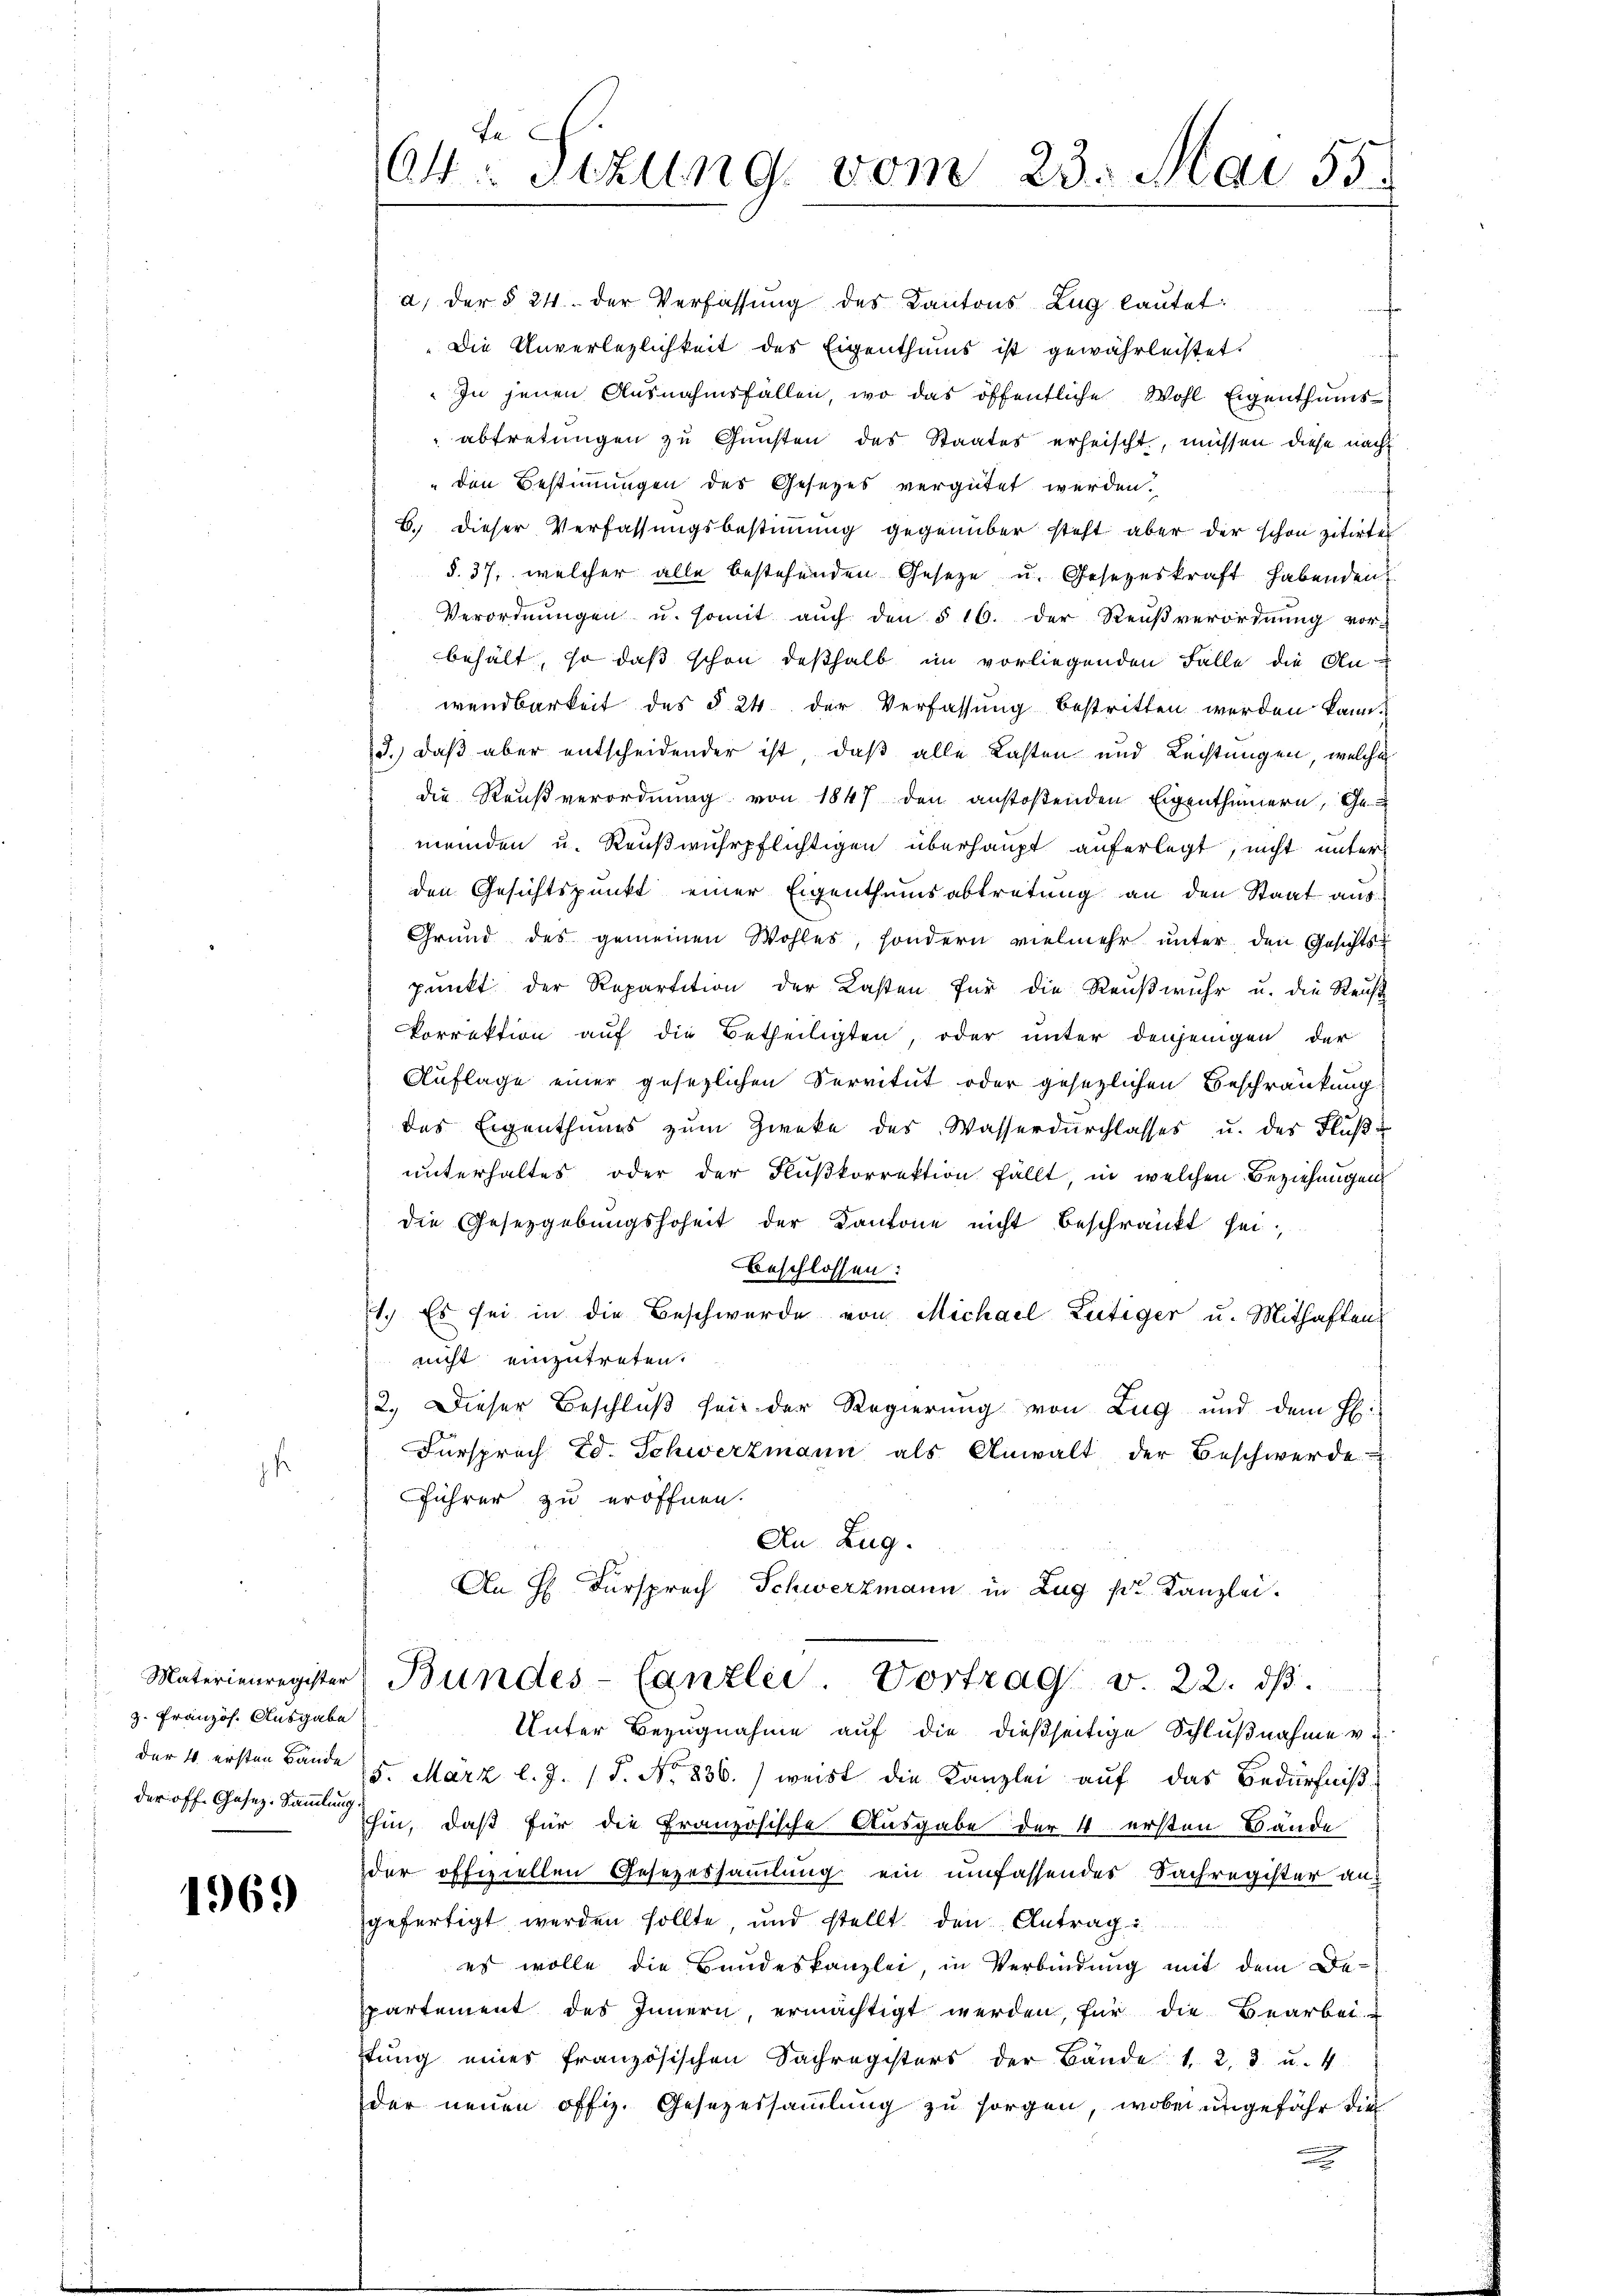
h

z. Französ. Ausgabe
der 4 ersten Bände
der off. Gesez-Sammlung

1969

04: Sizung vom 23. Mai 55.

a. Der § 24. der Verfassung des Kantons Zug lautet:
Die Unverlezlichkeit des Eigenthums ist gewährleistet.
In jenen Ausnahmsfällen, wo das öffentliche Wohl Eigenthums
abtretungen zu Gunsten des Staates erheischt, müssen diese nach
" den Bestimmungen des Gesezes vergütet werden.
B. dieser Verfassungsbestimmung gegenüber steht aber der schon zitirten
§. 37, welcher alle bestehenden Geseze u. Gesetzeskraft habenden
Verordnŭngen u. somit aŭch den § 16. der Reŭβverordnŭng vor-
behält, so daß schon deßhalb im vorliegenden Falle die An-
wendbarkeit des § 24 der Verfassung bestritten werden kann.
3.) daß aber entscheidender ist, daß alle Lasten und Leistungen, welche
die Reußverordnung von 1847 den anstoßenden Eigenthümern, Ge
meinden u. Reußwuhrpflichtigen überhaupt auferlegt, nicht unterden Gesichtspunkt einer Eigenthumsabtretung an den Staat aus
Grund des gemeinen Wohles, sondern vielmehr unter den Gesichts-
pŭnkt der Repartition der Lasten für die Reußwuhr u. die Reus
korrektion auf die Betheiligten, oder unter denjenigen der
Auflage einer gesezlichen Servitut oder gesezlichen Beschränkung
des Eigenthums zum Zweke des Wasserdurchlasses u. des Flußunterhaltes oder der Flußkorrektion fällt, in welchen Beziehungen
die Gesetzgebungshoheit der Kantone nicht beschränkt sei¬
Beschlossen:
1.) Es sei in die Beschwerde von Michael Lütiger u. Mithaften
nicht einzutreten.
2.) Dieser Beschluß sei der Regierung von Zug und dem H:
Fürsprach Ed. Schwerzmann als Anwalt der Beschwerde
Führer zu eröffnen.
An Zug.
An H. Fürsprech Schwerzmann in Zug pr. Kanzlei.
Materienregister Bundes-Canzlei. Vortrag v. 22. dβ.
Unter Bezugnahme auf die dießseitige Schlußnahme vi
15. März l. J. (T. No 836.) weist die Kanzlei auf das Bedürfniß
hin, daß für die Französische Ausgabe der 4 ersten Bände
der offiziellen Gesezessammlung ein umfassendes Sachregister angefertigt werden sollte, und stellt den Antrag
es wolle die Bundeskanzlei, in Verbindung mit dem Deppartement des Innern, ermächtigt werden, für die Bearbei-
stŭng eines französischen Sachregisters der Bände 1. 2. 3. u. 4
der neuen offiz. Gesezessammlung zu sorgen, wobei ungefähr die